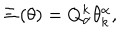
\Xi \left( \theta \right) = Q _ { \alpha } ^ { k } \theta _ { k } ^ { \alpha } ,